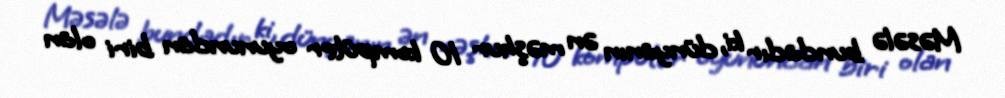
Məsələ bundadır ki, dünyanın ən məşhur 10 kompüter oyunundan biri olan